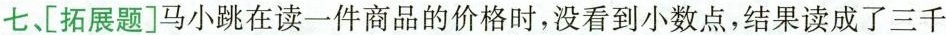
七、[拓展题]马小跳在读一件商品的价格时，没看到小数点，结果读成了三千